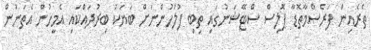
ތެރެއިން ފަރެސްމާތޮޑާ ޕޮލިސް ސްޓޭޝަނުގައި ތިބި ފުލުހުންނަށް ބަޔަކު ބިރުދައްކައި އެމީހުން އެތަނުން